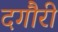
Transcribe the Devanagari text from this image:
दगौरी